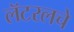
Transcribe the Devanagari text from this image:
लॅटरलचे